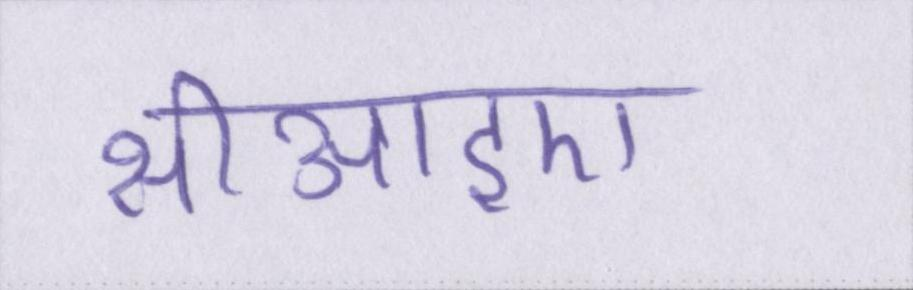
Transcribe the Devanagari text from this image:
सीआइए